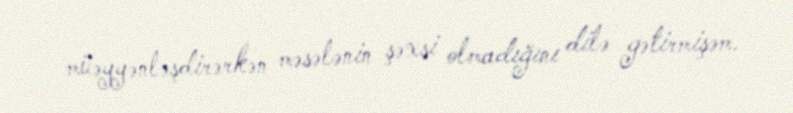
müəyyənləşdirərkən məsələnin şəxsi olmadığını dilə gətirmişəm.